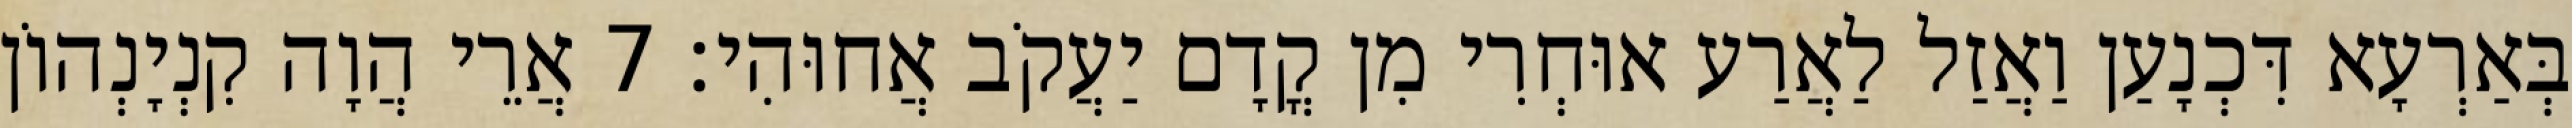
בְּאַרְעָא דִּכְנָעַן וַאֲזַל לַאֲרַע אוּחְרִי מִן קֳדָם יַעֲקֹב אֲחוּהִי׃ 7 אֲרֵי הֲוָה קִנְיָנְהוֹן